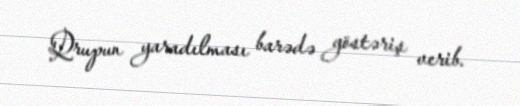
Qrupun yaradılması barədə göstəriş verib.